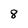
Character: 8